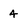
Character: 4